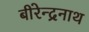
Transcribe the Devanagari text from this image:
बीरेन्द्रनाथ